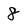
Character: 8